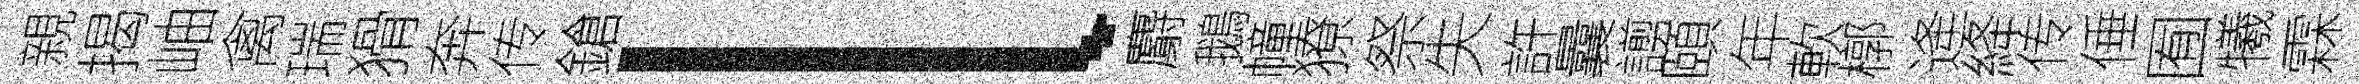
親揭岫禽瑞猾奔传鎗l麝鵝幢獠祭失許曩謭頤年軟槨逄絳传倕囿犧霖